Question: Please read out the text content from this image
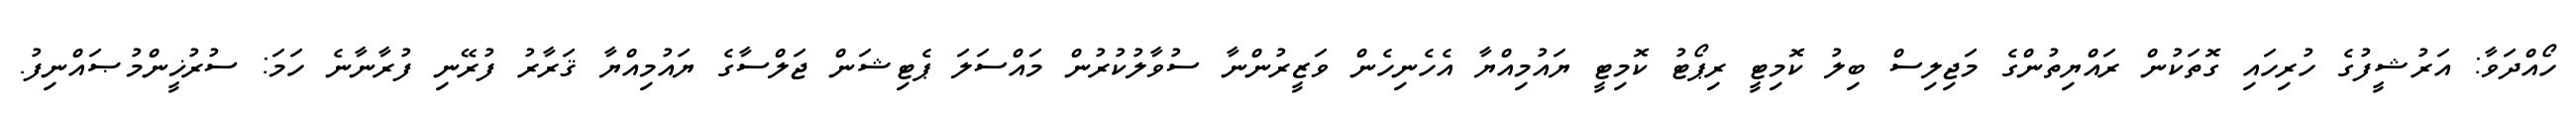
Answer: ހޯއްދަވާ: އަރުޝީފުގެ ހުރިހައި ގޮތަކުން ރައްޔިތުންގެ މަޖިލިސް ބިލު ކޮމިޓީ ރިޕޯޓު ކޮމިޓީ ޔައުމިއްޔާ އެހެނިހެން ވަޒީރުންނާ ސުވާލުކުރުން މައްސަލަ ޕެޓިޝަން ޖަލްސާގެ ޔައުމިއްޔާ ޤަރާރު ފުރޭނި ފުރާނާނެ ހަމަ: ސުރުޚީންމުޞައްނިފު.